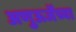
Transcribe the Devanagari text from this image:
अणुऊर्जेच्या